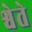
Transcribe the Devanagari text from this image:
श्वेते